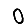
Digit: 0